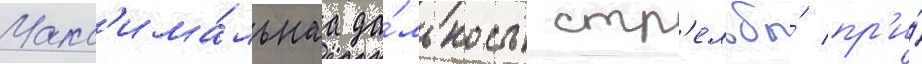
Макс'има́льнаа да́льность стр'ельбы́ пр'и́